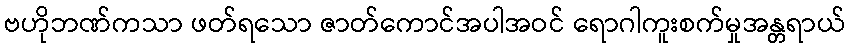
ဗဟိုဘဏ်ကသာ ဖတ်ရသော ဇာတ်ကောင်အပါအဝင် ရောဂါကူးစက်မှုအန္တရာယ်